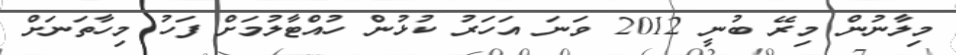
މިލާނުން މިރޭ ބުނީ 2012 ވަނަ އަހަރު ކުޅުން ހުއްޓާލުމަށް ފަހު މިހާތަނަށް